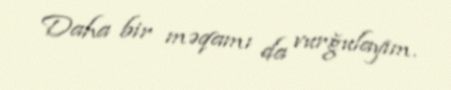
Daha bir məqamı da vurğulayım.